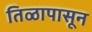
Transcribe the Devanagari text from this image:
तिळापासून